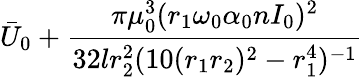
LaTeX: \bar{U}_{0}+\frac{\pi\mu_{0}^{3}(r_{1}\omega_{0}\alpha_{0}nI_{0})^{2}}{32lr_{2}^{2}(10(r_{1}r_{2})^{2}-r_{1}^{4})^{-1}}